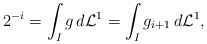
\begin{align*}2^{-i}=\int_Ig\,d\mathcal L^1 =\int_Ig_{i+1}\,d\mathcal L^1,\end{align*}